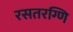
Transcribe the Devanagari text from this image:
रसतरग्णि